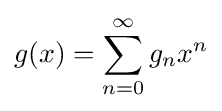
g(x)=\sum _{n=0}^{\infty }g_{n}x^{n}